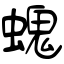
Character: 螝